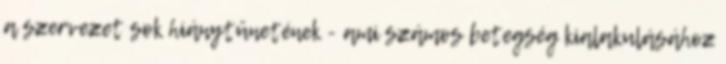
a szervezet sok hiánytünetének - ami számos betegség kialakulásához